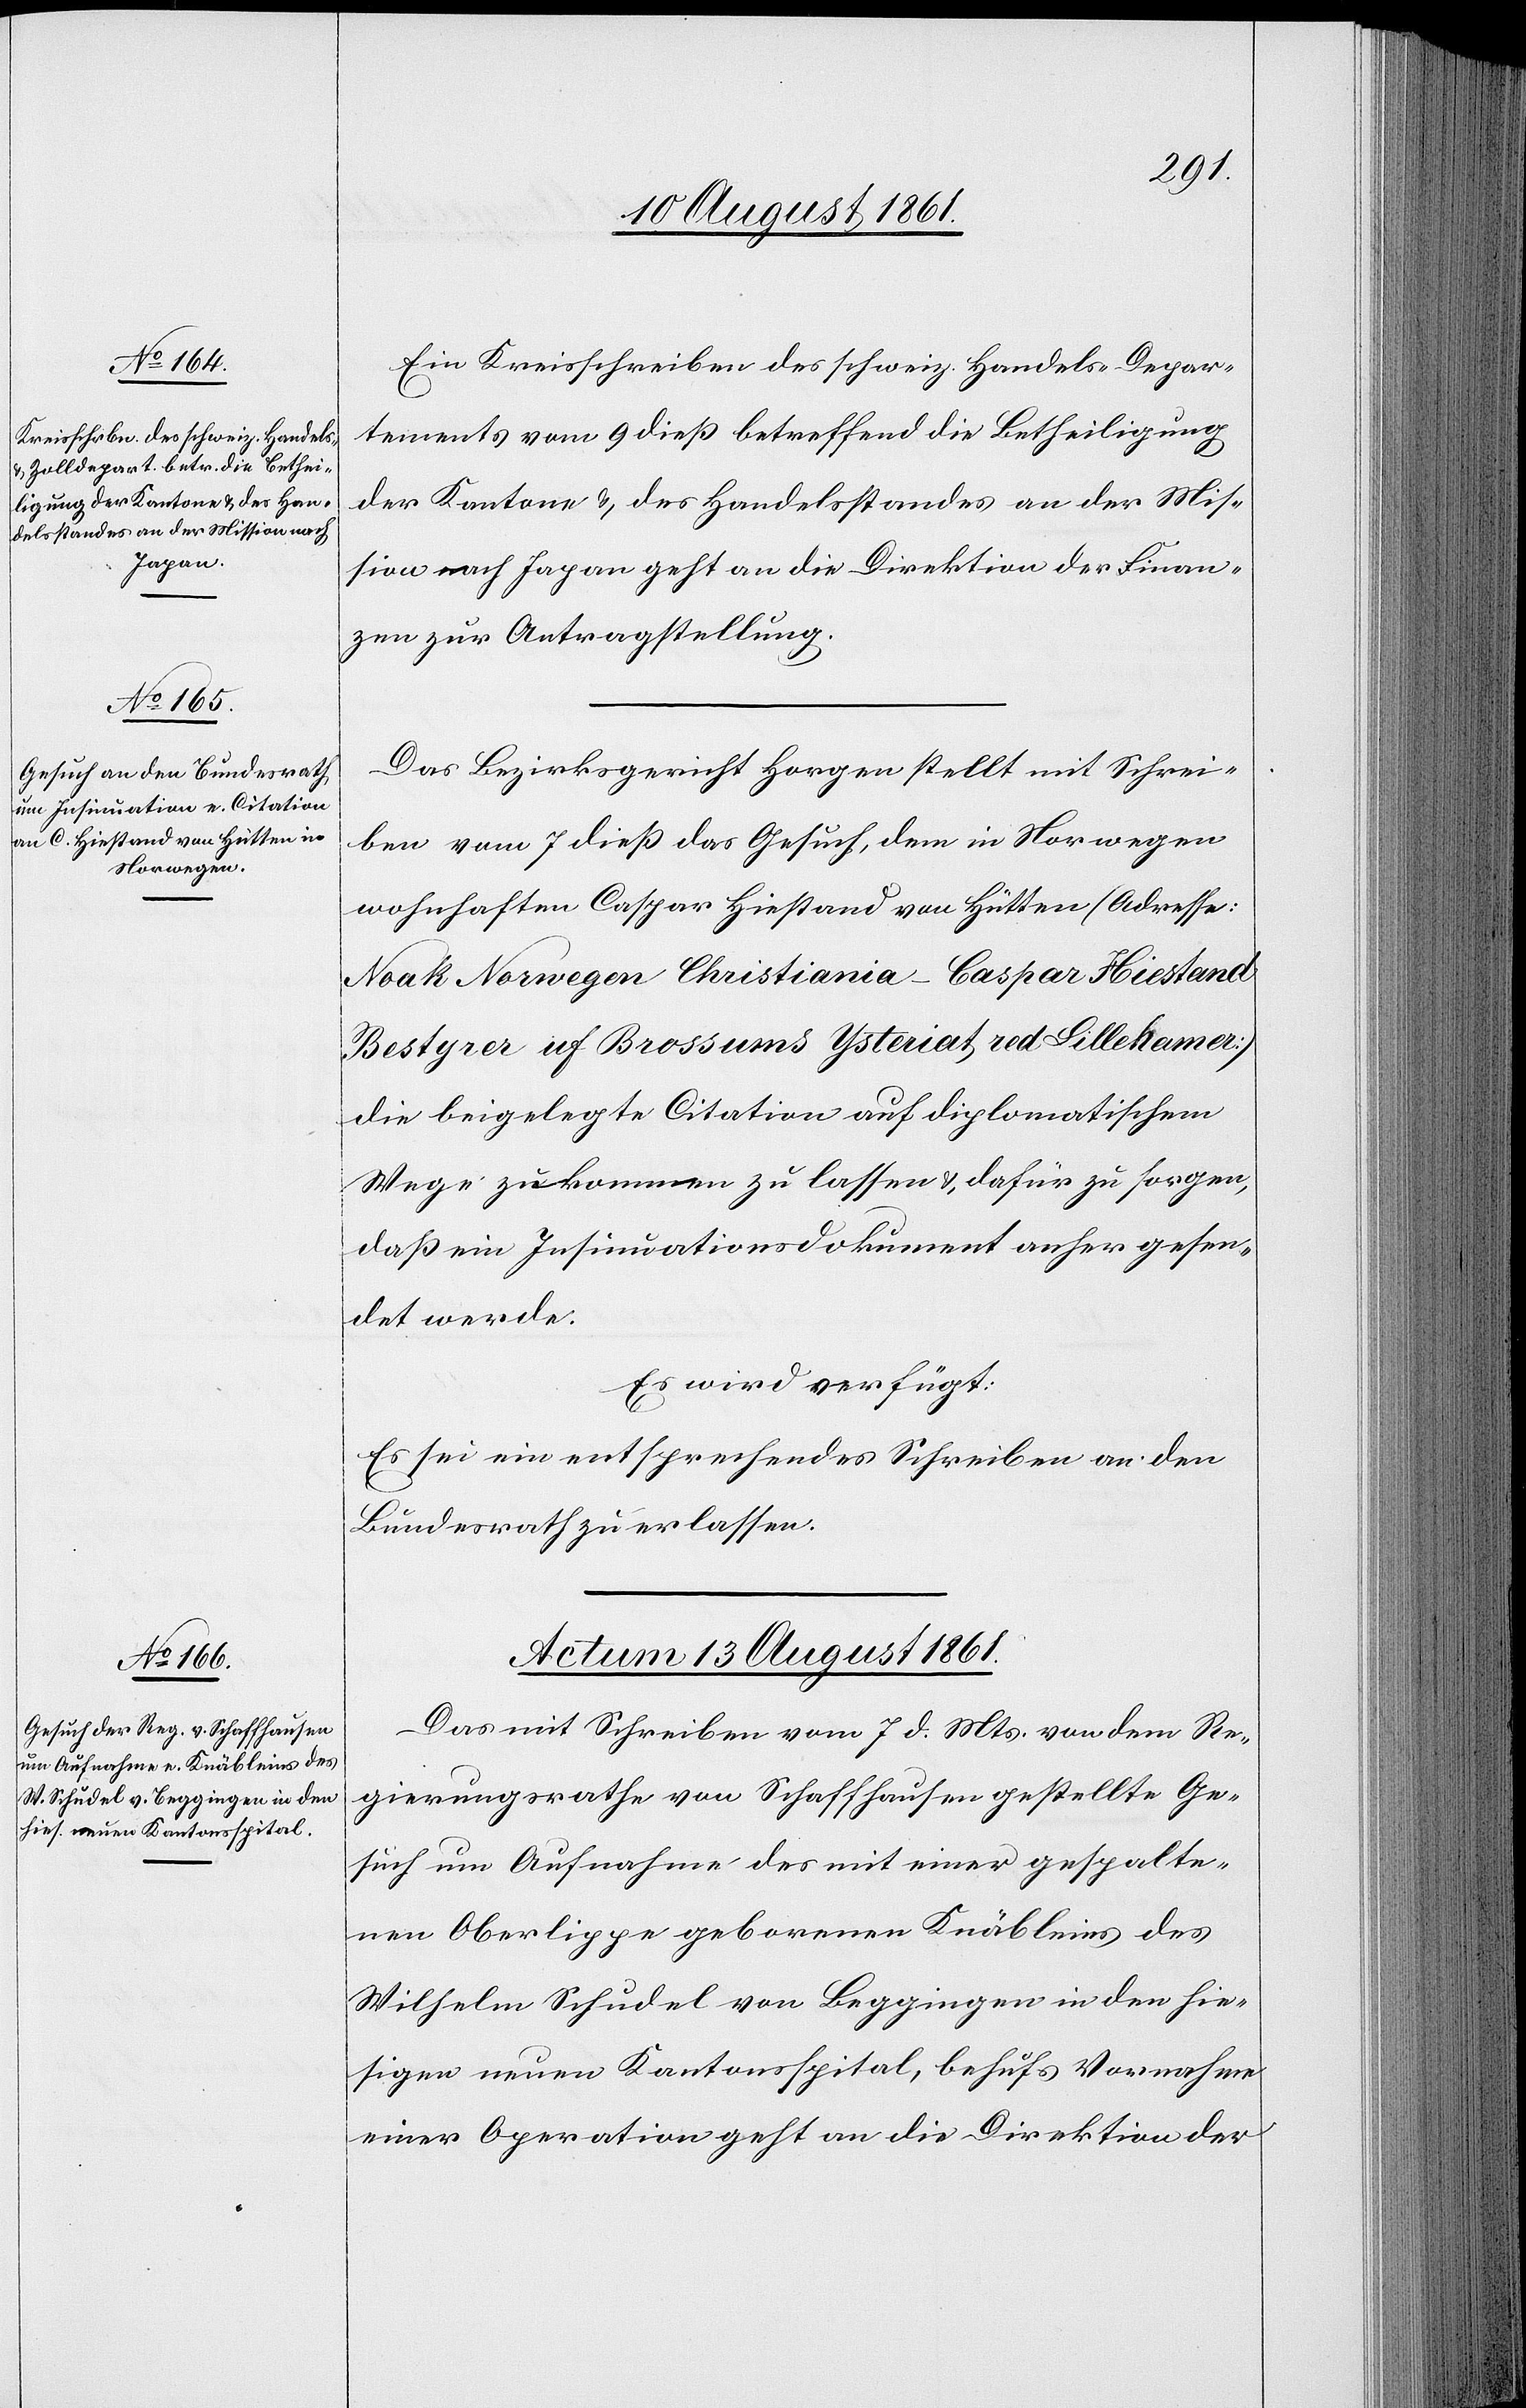
Ein Kreisschreiben des schweiz. Handels-Depar¬
tements vom 9 dieß betreffend die Betheiligung
der Kantone u. des Handelsstandes an der Mis¬
sion nach Japan geht an die Direktion der Finan¬
zen zur Antragstellung.
Das Bezirksgericht Horgen stellt mit Schrei¬
ben vom 7 dieß das Gesuch, dem in Norwegen
wohnhaften Caspar Hiestand von Hütten (Adresse:
Noak Norwegen Christiana – Caspar Hiestand
Bestgrer uf Brossums Ysteriat red Lillehammer)
die beigelegte Citation auf diplomatischem
Wege zukommen zu lassen u. dafür zu sorgen,
daß ein Insinuationsdokument anher gesen¬
det werde.
Es wird verfügt:
Es sei ein entsprechendes Schreiben an den
Bundesrath zu erlassen.
Actum den 13 August 1861.
Das mit Schreiben vom 7 d. Mts. von dem Re¬
gierungsrathe von Schaffhausen gestellte Ge¬
such um Aufnahme des mit einer gespalte¬
nen Oberlippe gebornen Knäbleins des
Wilhelm Schudel von Beggingen in den hie¬
sigen neuen Kantonsspital, behufs Vornahme
einer Operation geht an die Direktion der